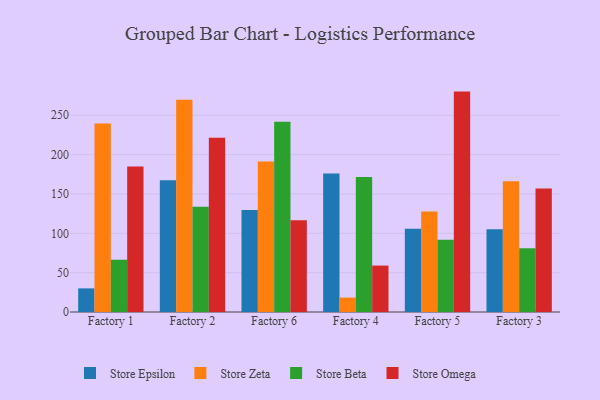
{"axis": {"x": "Factory", "y": "Headcount"}, "legend": ["Store Beta", "Store Epsilon", "Store Omega", "Store Zeta"], "data": [{"x": "Factory 1", "y": 30.0, "type": "Store Epsilon"}, {"x": "Factory 1", "y": 239.5, "type": "Store Zeta"}, {"x": "Factory 1", "y": 66.5, "type": "Store Beta"}, {"x": "Factory 1", "y": 184.8, "type": "Store Omega"}, {"x": "Factory 2", "y": 167.3, "type": "Store Epsilon"}, {"x": "Factory 2", "y": 269.6, "type": "Store Zeta"}, {"x": "Factory 2", "y": 133.8, "type": "Store Beta"}, {"x": "Factory 2", "y": 221.5, "type": "Store Omega"}, {"x": "Factory 6", "y": 129.7, "type": "Store Epsilon"}, {"x": "Factory 6", "y": 191.4, "type": "Store Zeta"}, {"x": "Factory 6", "y": 241.8, "type": "Store Beta"}, {"x": "Factory 6", "y": 116.6, "type": "Store Omega"}, {"x": "Factory 4", "y": 176.0, "type": "Store Epsilon"}, {"x": "Factory 4", "y": 18.3, "type": "Store Zeta"}, {"x": "Factory 4", "y": 171.6, "type": "Store Beta"}, {"x": "Factory 4", "y": 59.0, "type": "Store Omega"}, {"x": "Factory 5", "y": 105.9, "type": "Store Epsilon"}, {"x": "Factory 5", "y": 127.7, "type": "Store Zeta"}, {"x": "Factory 5", "y": 91.8, "type": "Store Beta"}, {"x": "Factory 5", "y": 280.1, "type": "Store Omega"}, {"x": "Factory 3", "y": 105.3, "type": "Store Epsilon"}, {"x": "Factory 3", "y": 166.3, "type": "Store Zeta"}, {"x": "Factory 3", "y": 81.0, "type": "Store Beta"}, {"x": "Factory 3", "y": 156.8, "type": "Store Omega"}]}